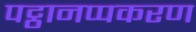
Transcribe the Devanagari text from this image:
पट्ठानप्पकरण